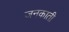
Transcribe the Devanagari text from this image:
जनकाती